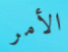
الأمر